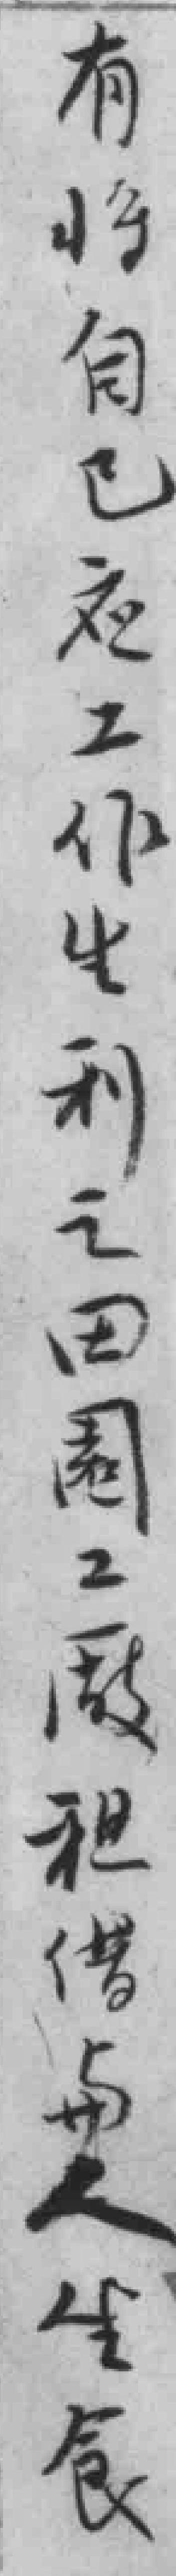
有将自已应工作生利之田園工厰租借与人坐食